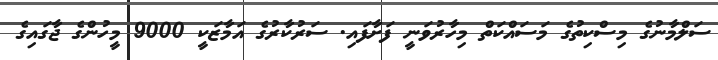
ސަލްމާނުގެ މިސްކިތުގެ މަސައްކަތް މިހާރުވަނީ ފަށާފައި. ސަރުކާރުގެ އަމާޒަކީ 9000 މީހުންގެ ޖާގައިގެ